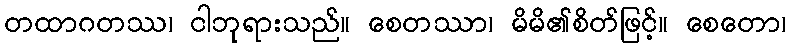
တထာဂတဿ၊ ငါဘုရားသည်။ စေတဿာ၊ မိမိ၏စိတ်ဖြင့်။ စေတော၊